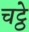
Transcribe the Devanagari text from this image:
चट्ठे